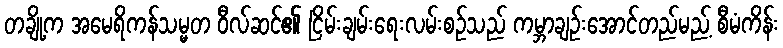
တချို့က အမေရိကန်သမ္မတ ဝီလ်ဆင်၏ ငြိမ်းချမ်းရေးလမ်းစဉ်သည် ကမ္ဘာချဉ်းအောင်တည်မည့် စီမံကိန်း